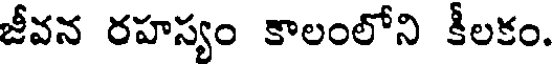
జీవన రహస్యం కాలంలోని కీలకం.